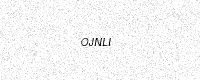
Text: OJNLI